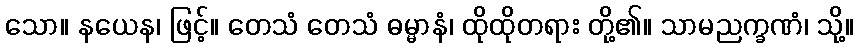
သော။ နယေန၊ ဖြင့်။ တေသံ တေသံ ဓမ္မာနံ၊ ထိုထိုတရား တို့၏။ သာမညက္ခဏံ၊ သို့။